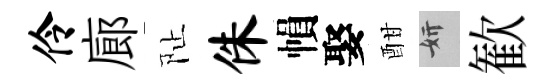
伶廊阯侏𢄙娶酣妍歓